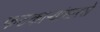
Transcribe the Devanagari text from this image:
फटकाऱ्यांसारखे